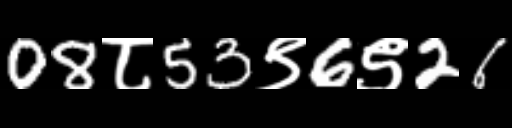
Text: 08८53९6९26